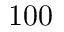
1 0 0